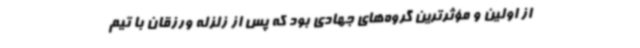
از اولین و مؤثرترین گروه‌های جهادی بود که پس از زلزله ورزقان با تیم